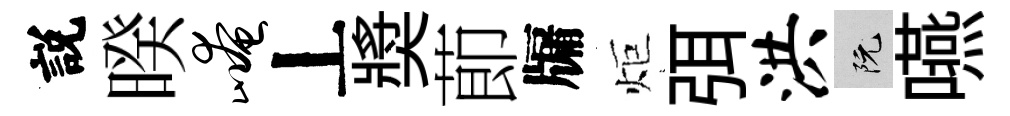
説暌崦丄奬莭牖炬弭洪阮嚥